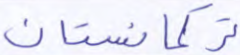
تركمانستان